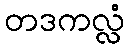
တဒကလ္လံ